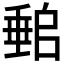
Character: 𡑈